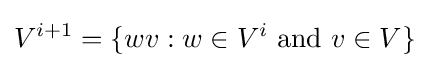
V^{i+1}=\{wv:w\in V^{i}{\text{ and }}v\in V\}